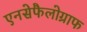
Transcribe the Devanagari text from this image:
एनसेफैलोग्राफ